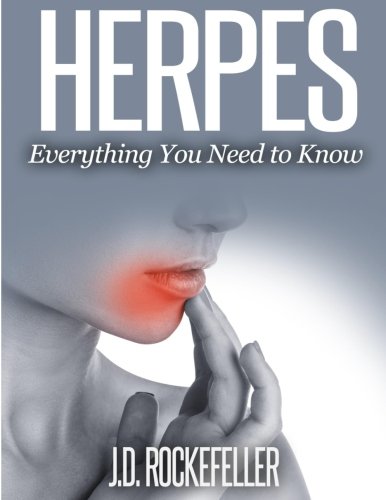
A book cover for Herpes: Everything You Need to Know; J. D. Rockefeller; Health, Fitness & Dieting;